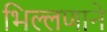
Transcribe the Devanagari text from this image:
भिल्लणाने